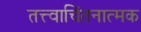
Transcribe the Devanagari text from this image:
तत्त्वाचिंतनात्मक